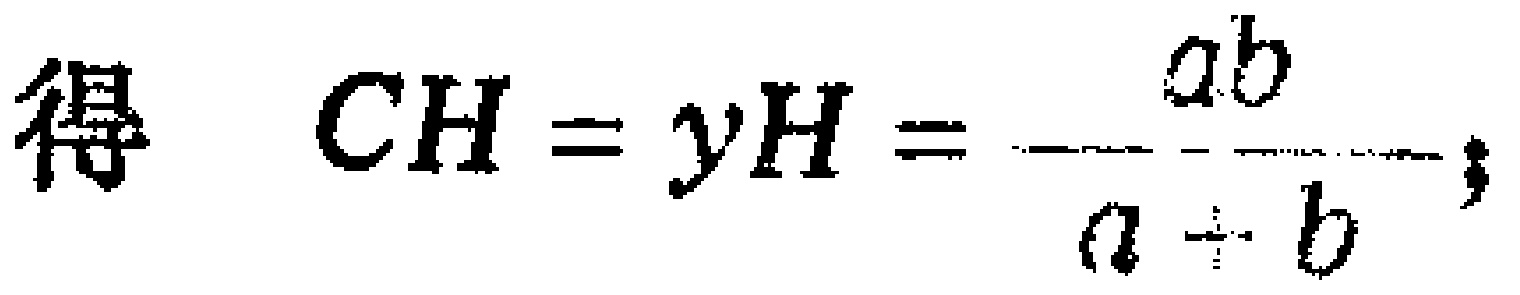
得 \(CH = y_H = \frac{ab}{a + b};\)